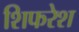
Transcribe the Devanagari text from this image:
शिफरेश